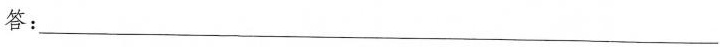
答：___